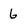
Character: 6